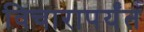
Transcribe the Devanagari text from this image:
विचारापर्यंत